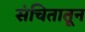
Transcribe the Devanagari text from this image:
संचितातून